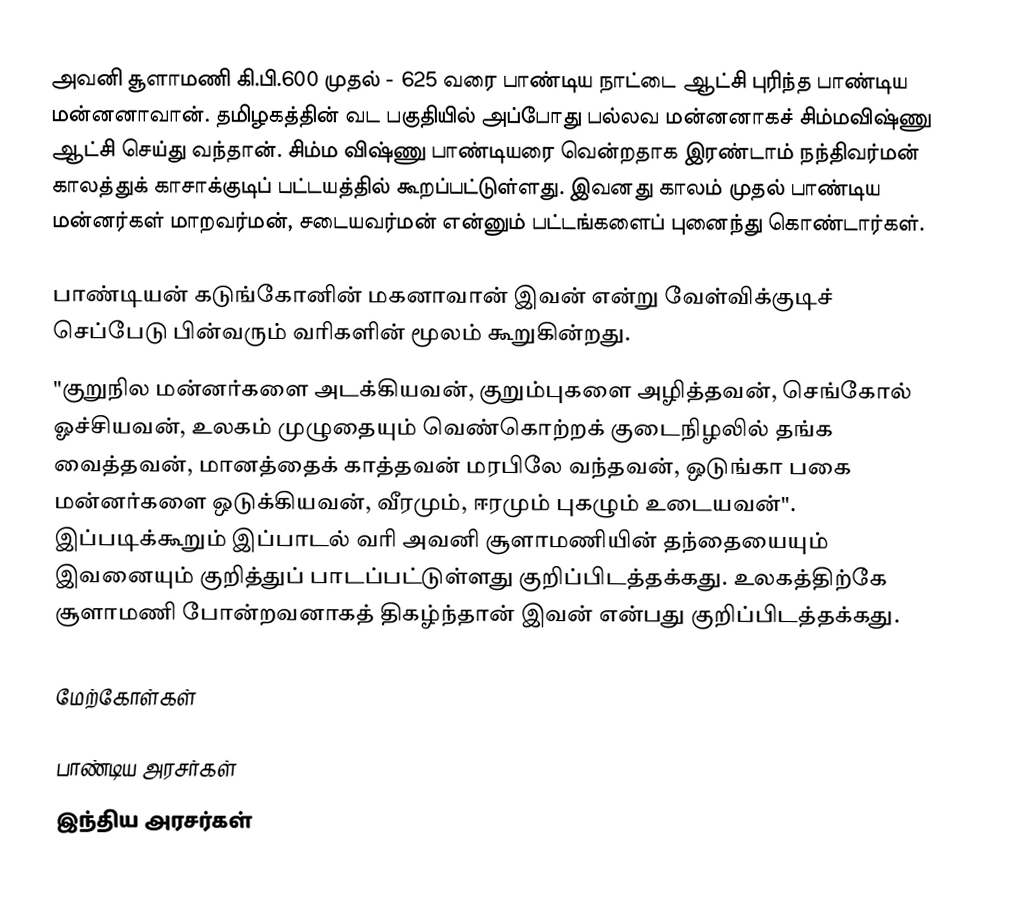
அவனி சூளாமணி கி.பி.600 முதல் - 625 வரை பாண்டிய நாட்டை ஆட்சி புரிந்த பாண்டிய மன்னனாவான். தமிழகத்தின் வட பகுதியில் அப்போது பல்லவ மன்னனாகச் சிம்மவிஷ்ணு ஆட்சி செய்து வந்தான். சிம்ம விஷ்ணு பாண்டியரை வென்றதாக இரண்டாம் நந்திவர்மன் காலத்துக் காசாக்குடிப் பட்டயத்தில் கூறப்பட்டுள்ளது. இவனது காலம் முதல் பாண்டிய மன்னர்கள் மாறவர்மன், சடையவர்மன் என்னும் பட்டங்களைப் புனைந்து கொண்டார்கள்.

பாண்டியன் கடுங்கோனின் மகனாவான் இவன் என்று வேள்விக்குடிச் செப்பேடு பின்வரும் வரிகளின் மூலம் கூறுகின்றது.
"குறுநில மன்னர்களை அடக்கியவன், குறும்புகளை அழித்தவன், செங்கோல் ஓச்சியவன், உலகம் முழுதையும் வெண்கொற்றக் குடைநிழலில் தங்க வைத்தவன், மானத்தைக் காத்தவன் மரபிலே வந்தவன், ஒடுங்கா பகை மன்னர்களை ஒடுக்கியவன், வீரமும், ஈரமும் புகழும் உடையவன்". இப்படிக்கூறும் இப்பாடல் வரி அவனி சூளாமணியின் தந்தையையும் இவனையும் குறித்துப் பாடப்பட்டுள்ளது குறிப்பிடத்தக்கது. உலகத்திற்கே சூளாமணி போன்றவனாகத் திகழ்ந்தான் இவன் என்பது குறிப்பிடத்தக்கது.

மேற்கோள்கள்

பாண்டிய அரசர்கள்
இந்திய அரசர்கள்